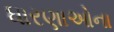
ધારણાઓના